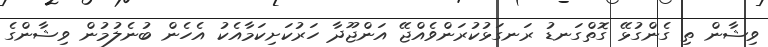
ވިޝާން ތި ގެންގުޅޭ ގޮތްގަނޑު ރަނގަޅުކުރަންވެއްޖޭ އަންޖޫދާ ހަރުކަށިކަމާއެކު އެހެން ބުނެލުމުން ވިޝާންގެ